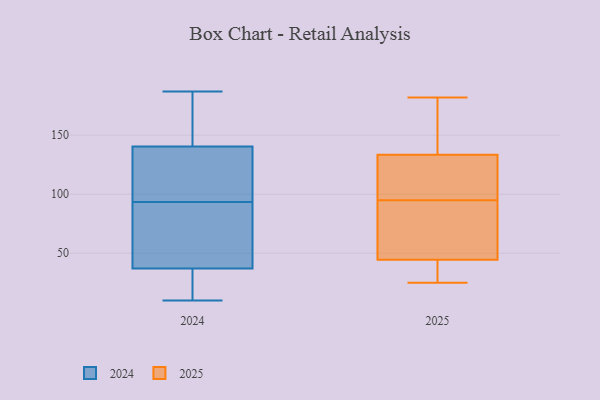
{"axis": {"x": "Humidity (%)", "y": "Value"}, "legend": ["2024", "2025"], "data": [{"x": "", "y": 25, "type": "2025"}, {"x": "", "y": 29, "type": "2025"}, {"x": "", "y": 48, "type": "2025"}, {"x": "", "y": 175, "type": "2025"}, {"x": "", "y": 110, "type": "2025"}, {"x": "", "y": 41, "type": "2025"}, {"x": "", "y": 140, "type": "2025"}, {"x": "", "y": 98, "type": "2025"}, {"x": "", "y": 49, "type": "2025"}, {"x": "", "y": 129, "type": "2025"}, {"x": "", "y": 123, "type": "2025"}, {"x": "", "y": 182, "type": "2025"}, {"x": "", "y": 57, "type": "2025"}, {"x": "", "y": 26, "type": "2025"}, {"x": "", "y": 92, "type": "2025"}, {"x": "", "y": 138, "type": "2025"}, {"x": "", "y": 128, "type": "2024"}, {"x": "", "y": 42, "type": "2024"}, {"x": "", "y": 166, "type": "2024"}, {"x": "", "y": 153, "type": "2024"}, {"x": "", "y": 99, "type": "2024"}, {"x": "", "y": 83, "type": "2024"}, {"x": "", "y": 10, "type": "2024"}, {"x": "", "y": 187, "type": "2024"}, {"x": "", "y": 32, "type": "2024"}, {"x": "", "y": 26, "type": "2024"}, {"x": "", "y": 113, "type": "2024"}, {"x": "", "y": 20, "type": "2024"}, {"x": "", "y": 60, "type": "2024"}, {"x": "", "y": 88, "type": "2024"}, {"x": "", "y": 153, "type": "2024"}, {"x": "", "y": 128, "type": "2024"}]}